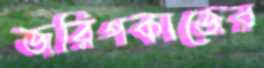
জরিপকাজের